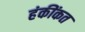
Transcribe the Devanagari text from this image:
हंकींकत